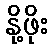
နို့ဖိုး